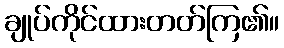
ချုပ်ကိုင်ထားတတ်ကြ၏။